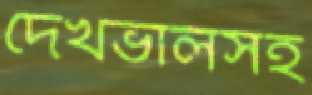
দেখভালসহ